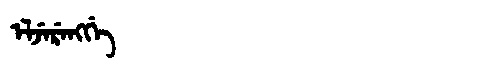
Manchu: ᡝᠯᠵᡝᡵᡝᠩᡤᡝ
Romanization: ELJERENGGE